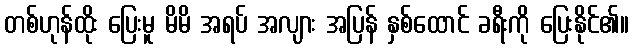
တစ်ဟုန်ထိုး ပြေးမူ မိမိ အရပ် အလျား အပြန် နှစ်ထောင် ခရီးကို ပြေးနိုင်၏။